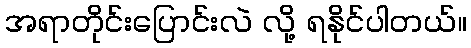
အရာတိုင်းပြောင်းလဲ လို့ ရနိုင်ပါတယ်။